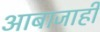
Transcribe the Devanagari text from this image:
आबाजाही